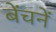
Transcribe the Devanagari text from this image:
बेंचनें